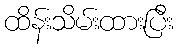
ထိန်းသိမ်းထားပြီး